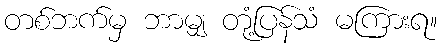
တစ်ဘက်မှ ဘာမျှ တုံ့ပြန်သံ မကြားရ။